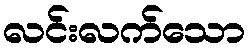
လင်းလက်သော